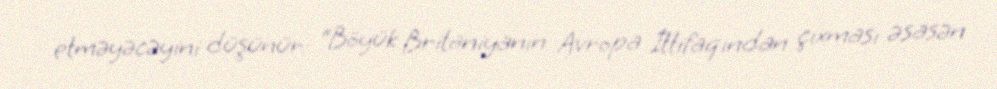
etməyəcəyini düşünür: “Böyük Britaniyanın Avropa İttifaqından çıxması əsasən